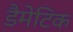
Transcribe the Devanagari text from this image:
डैमेटिक